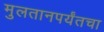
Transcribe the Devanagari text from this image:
मुलतानपर्यंतचा